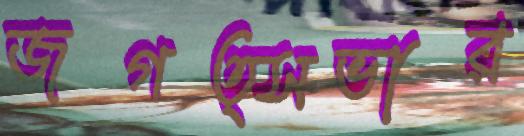
জগত্সভার